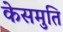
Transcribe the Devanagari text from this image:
केसमुति